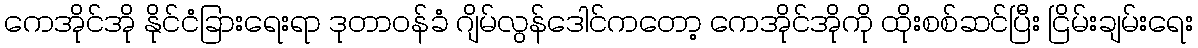
ကေအိုင်အို နိုင်ငံခြားရေးရာ ဒုတာဝန်ခံ ဂျိမ်လွန်ဒေါင်ကတော့ ကေအိုင်အိုကို ထိုးစစ်ဆင်ပြီး ငြိမ်းချမ်းရေး